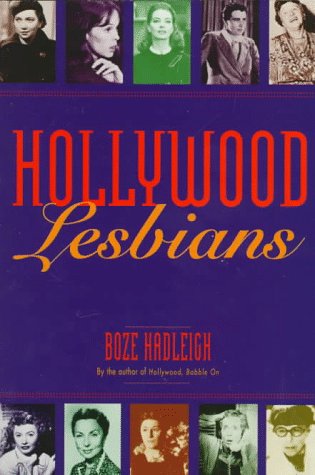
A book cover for Hollywood Lesbians; Boze Hadleigh; Gay & Lesbian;